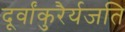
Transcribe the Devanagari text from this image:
दूर्वांकुरैर्यजति